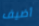
أضيف